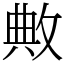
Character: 敟